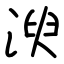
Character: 㳛